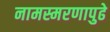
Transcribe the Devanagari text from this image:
नामस्मरणापुढे